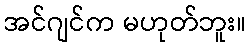
အင်ဂျင်က မဟုတ်ဘူး။